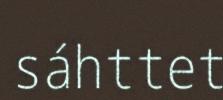
sáhttet